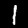
Digit: 1